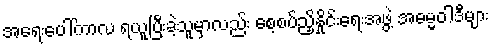
အရေးပေါ်ကာလ ရယူပြီးခဲ့သူမှာလည်း စေ့စပ်ညှိနှိုင်းရေးအဖွဲ့ အဓမ္မဝါဒီများ